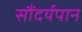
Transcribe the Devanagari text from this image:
सौंदर्यपान